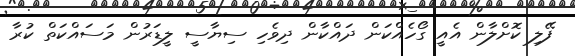
ފޭލި ކޮށްލާން އެއީ ގޯހެއްކަން ދައްކާން ދިވެހި ސިޔާސީ ލީޑަރުން މަސައްކަތް ކުރާ